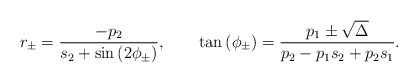
\begin{align*}r_\pm=\frac{-p_2}{s_2+\sin\left(2\phi_{\pm}\right)},\qquad\tan\left(\phi_{\pm}\right)=\frac{p_1\pm \sqrt{\Delta}}{p_2-p_1s_2+p_2s_1} .\end{align*}